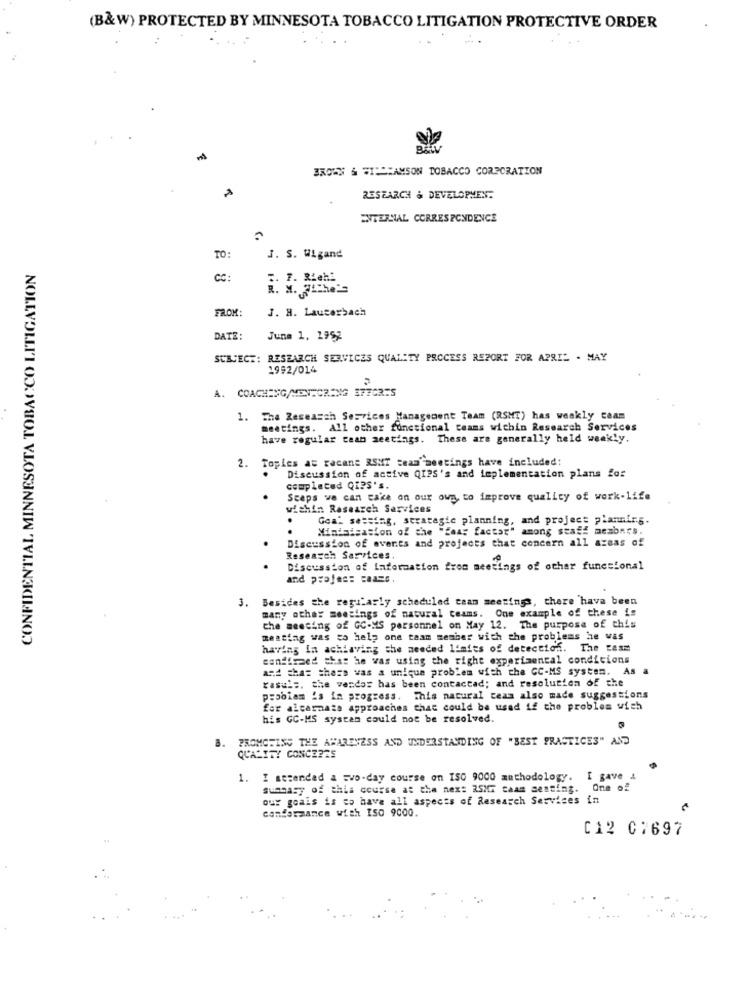
(B&W) PROTECTED BY MINNESOTA TOBACCO LITIGATION PROTECTIVE ORDER
BROWNS & WIP-SAMSON TOBACCO CORPORATION
RESEARCH & DEVELOPMENT
ENTERNAL CORRESPONDENCE
TO:
J. S. Wigand
CONFIDENTIAL MINNESOTA TOBACCO LITIGATION
CC:
3. F. Riehi
R. M. "Sthe'
FROM:
J. H. Lauterbach
DATE:
June 1, 1959
SUBJECT: RESEARCH SERVICES QUALITY PROCESS REPORT FOR APRIL - MAY
1992/014
A. COACHING/MENTORING SFFCR75
1. The Research Services Management Team (RSHT) has weakly team
meetings. All other functional teams wichin Research Services
have regular tean meetings. These are generally held weakly.
2. Topies at racane RSMT team meetings have included:
Discussion of active QIPS's and implementation plans for
completed GIPS's.
Seeps we can take on our own to improve quality of work-life
within Research Services
Gon' sessing, strategic planning, and project planning.
.
Minisisation of the "fear factor" among staff members.
Discussion of events and projects that concern all areas of
Research Services
Discussion of information from meetings of ochar funesional
and projes: caass.
3. Besides the regilarly scheduled taan meetings, there have been
many other meetings of natural teams. One example of these is
the meeting of GC-MS personnel on May 12. The purpose of this
meating was to help one team member with the problems he was
having In achiaving the needed limits of detection. The team
confirmed that he was using the right experimental condicions
and that there was a unique problem with the GC-MS system. As a
rasuls. the vendas has been contactad; and resolution of the
p:obiam 's in progress. This natural ceam also made suggestions
for alcarnaza approaches that could be used if the problem with
his GC-MS system could not be resolved.
PROMCHING THE AWARENESS AND UNDERSTANDING OF "BEST PRACTICES" AND
QUALITY CONCERES
1. I atsended & wwo-day course on ISO 9000 methodology. I gave &
summary of this course at the nex: 35HT caam semting. One of
our goals is to have all aspects of Research Services in
conformance with ISO 9000.
C12 07697